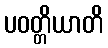
ပဝတ္တိယာတိ